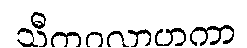
သီတဝလာဟကာ